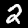
Label: 2